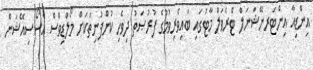
އިންޑިއާ އިންޓަރނޭޝަނަލް ޓްރެވަލް މާޓުގައި ބައިވެރިވުމުގެ ފުރުޞަތު ދިވެހި ކުންފުނިތަކަށް މޯލްޑިވްސް އެސޯސިއޭޝަން